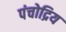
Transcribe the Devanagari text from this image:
पंचोद्रिय